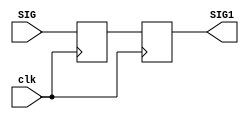
`timescale 1ns / 1ps
//////////////////////////////////////////////////////////////////////////////////
// Company: 
// Engineer: 
// 
// Design Name: 
// Module Name: Synchronizer
// Project Name: 
// Target Devices: 
// Tool Versions: 
// Description: 
// 
// Dependencies: 
// 
// Revision:
// Revision 0.01 - File Created
// Additional Comments:
// 
//////////////////////////////////////////////////////////////////////////////////


module Synchronizer(
input  clk,    
input  SIG,    
output reg SIG1  
);

    reg meta; 
    
    
    always @(posedge clk) begin
        meta <= SIG ;
        SIG1 <= meta;
    end
    
endmodule